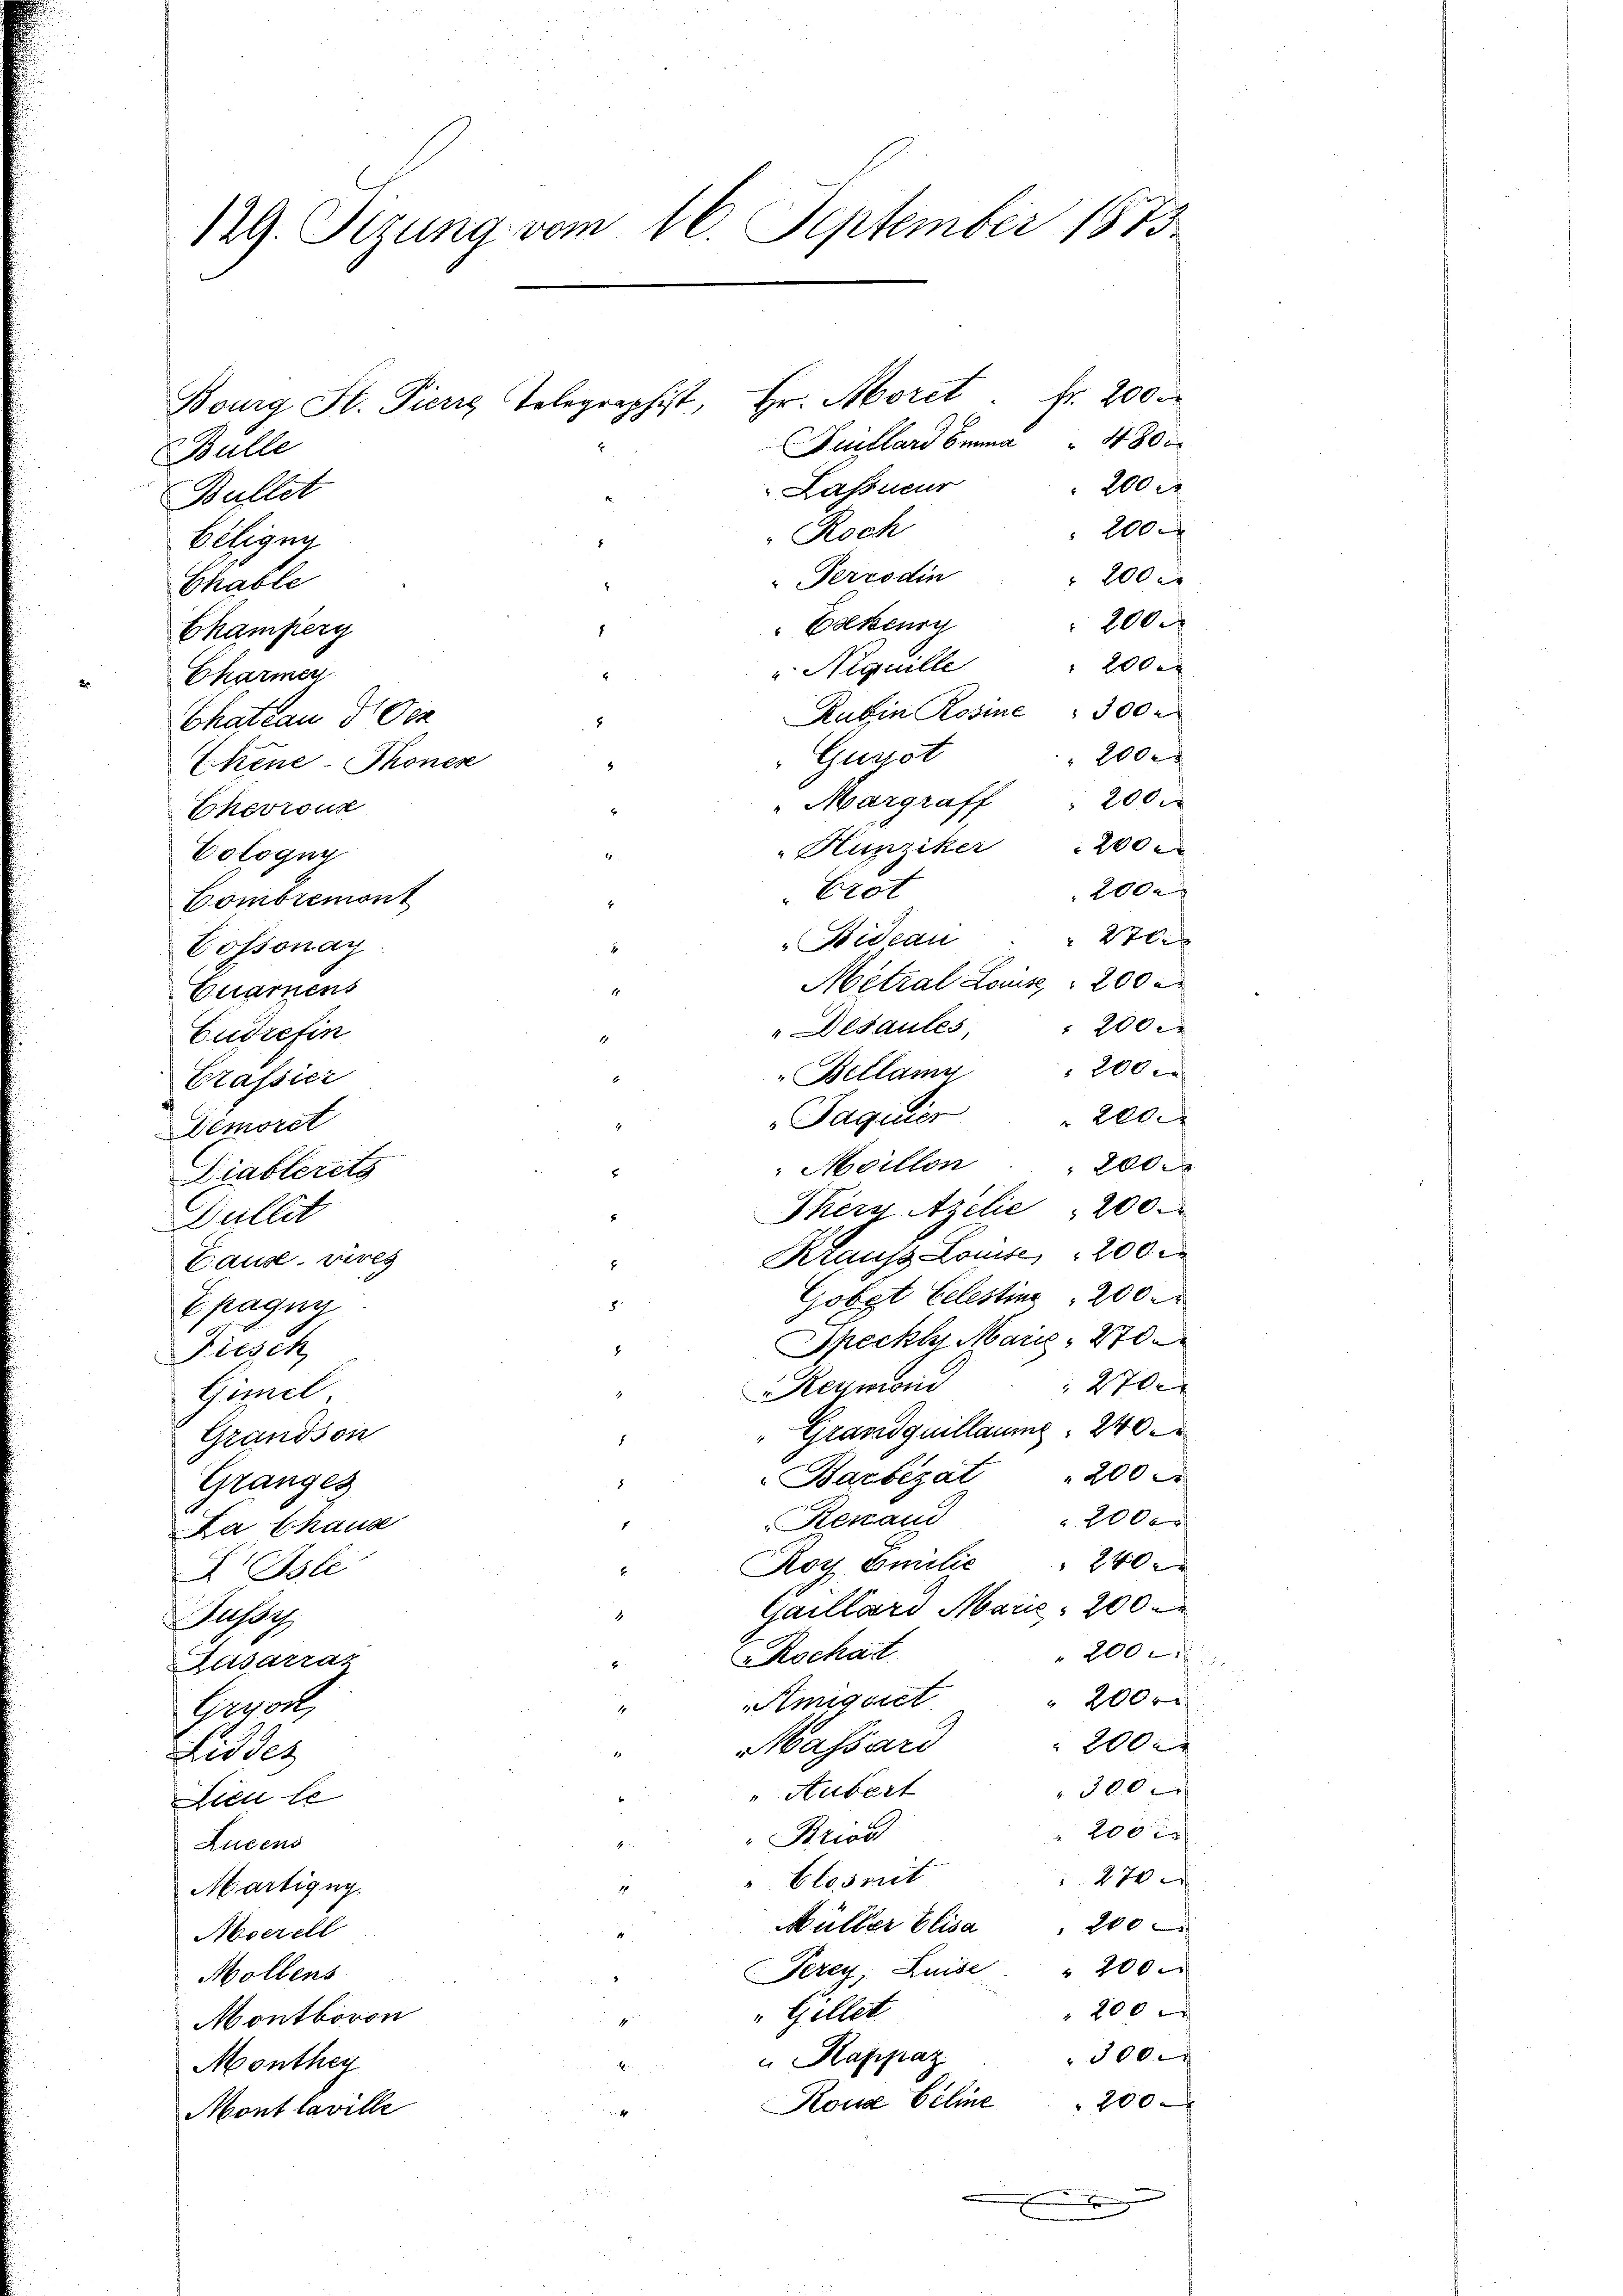
129. Sizung vom 16. September 1873

Bulle
Bullet
biligun
Chable
2700
2000
200
 2000.
 200
Massard
Lid des
3000
"Hubert
Dieu le
200 l.
"Brios
Lucens
270
" Closmit
Märtigun
Müller Elisa 200
Aoerell
Perey, Luise " 200.
Möllens
200 x
" Gillet
Montboron
3000
u Rappaz
Monthey
Kona Seline 200
Mont laville

Bourg St. Pierre Telegraphist, Hr. Morct. fr. 200
Guillard Emma 480 i
Lassneur
Roch
FTerrodin
Eakenry
" Niquille

Champerg
Charmen
Chateau d. Der
Eckene-Thonen
Chevrous
Cologny
Erot
Combremont
Bideau
4
Cossonay
Euamnens
Desaules
Eudrefin
Bellamy
Crassier
"Jaquier " 200
Demoret
Moillon 200
Diablerets
Thery Azelie 200.
Gullit
Kraus Louise, 200
Tause. Sieg
Gobgt Celestina 200.
8
Epagny
Speckt Marie, 270.
Fiesch
Reymoni
Gimel
" Grandquillaume . 240
Grandson
.
Barbezat " 200
.
Granges
Renaud
E
La Chause
Roy Emilie " 240
5
§156
Gaillard Marie 200
Jussz
Rochat
Lasarraz
Amiquiet
Grwort,

200 r
200
 200 r
200
200
2000
2000
Stle
Metral Louise 200

Rubin Rosine 300 r
Gurst
"Margraff " 200
"Hunziker 200

200
200 x